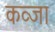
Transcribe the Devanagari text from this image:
कव्जा